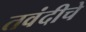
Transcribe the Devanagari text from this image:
तवंदीचे